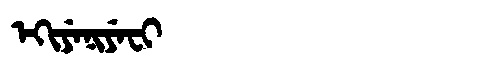
Manchu: ᡝᡴᡳᠶᡝᠨᡳᠶᡝᠸᡳ
Romanization: EKIYENIYEFI